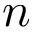
n